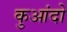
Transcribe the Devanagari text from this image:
कुआंदो